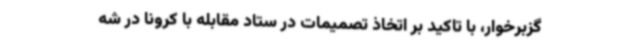
گزبرخوار، با تاکید بر اتخاذ تصمیمات در ستاد مقابله با کرونا در شه